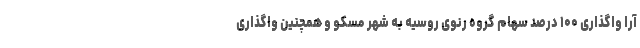
آرا واگذاری ۱۰۰ درصد سهام گروه رنوی روسیه به شهر مسکو و همچنین واگذاری